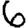
Digit: 6